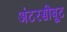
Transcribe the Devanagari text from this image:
अंटरसीबूट